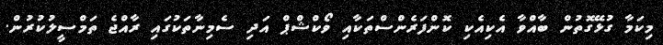
މިކަމާ ގުޅޭގޮތުން ބާއްވާ އެކިއެކި ކޮންފަރެންސްތަކާއި ވޯކްޝްޕް އަދި ސެމިނާތަކުގައި ރާއްޖެ ތަމްސީލުކުރުން.